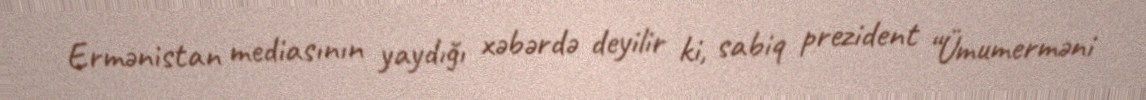
Ermənistan mediasının yaydığı xəbərdə deyilir ki, sabiq prezident “Ümumerməni